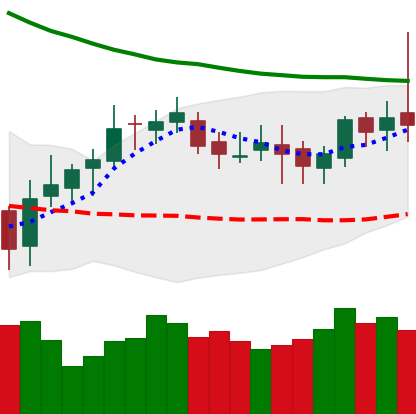
Ticker: DOGE-USD
Chart end date: 2019-03-30
Forward return: 77.74%
Label: up_7plus